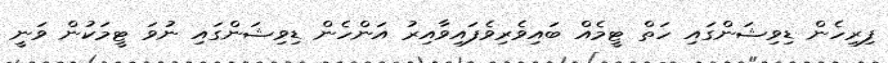
ފިރިހެން ޑިވިޝަންގައި ހަތް ޓީމެއް ބައިވެރިވެފައިވާއިރު އަންހެން ޑިވިޝަންގައި ނުވަ ޓީމަކުން ވަނީ